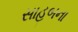
સાહબના